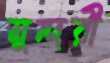
মুন্দরী